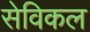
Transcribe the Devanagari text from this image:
सेविकल